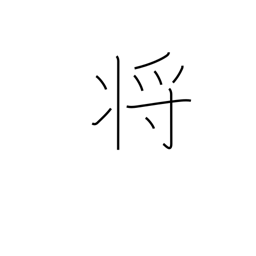
Meaning: commander